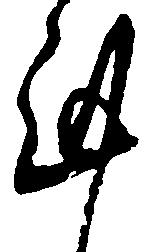
謹